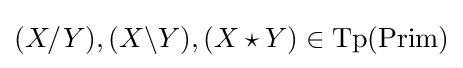
(X/Y),(X\backslash Y),(X\star Y)\in {\text{Tp}}({\text{Prim}})